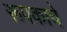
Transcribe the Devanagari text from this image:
रूपकाचे